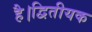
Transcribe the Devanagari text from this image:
है।द्वितीयक